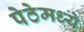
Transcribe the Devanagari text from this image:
पेठेमध्ये